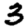
Digit: 3